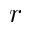
r